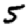
Digit: 5